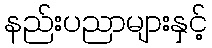
နည်းပညာများနှင့်